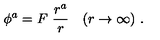
\phi ^ { a } = F \ \frac { r ^ { a } } { r } \quad ( r \rightarrow \infty ) \ .